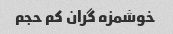
خوشمزه گران کم حجم